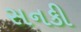
સનકી